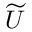
\widetilde { U }